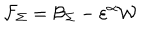
LaTeX: \mathcal { F } _ { \Sigma } = \mathcal { B } _ { \Sigma } - \varepsilon ^ { \alpha } \mathcal { W }